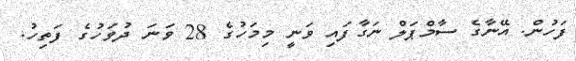
ފަހުން. އޭނާގެ ސާމްޕަލް ނަގާފައި ވަނީ މިމަހުގެ 28 ވަނަ ދުވަހުގެ ފަތިހު.